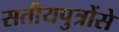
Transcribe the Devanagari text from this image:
सतीयपुत्रोंसे